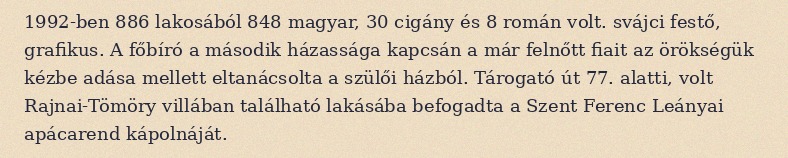
1992-ben 886 lakosából 848 magyar, 30 cigány és 8 román volt. svájci festő, grafikus. A főbíró a második házassága kapcsán a már felnőtt fiait az örökségük kézbe adása mellett eltanácsolta a szülői házból. Tárogató út 77. alatti, volt Rajnai-Tömöry villában található lakásába befogadta a Szent Ferenc Leányai apácarend kápolnáját.